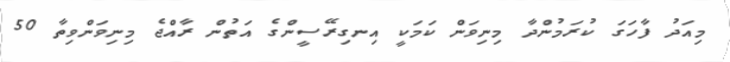
މިއަދު ފާހަގަ ކުރަމުންދާ މިނިވަން ކަމަކީ އިނގިރޭސީންގެ އަތުން ރާއްޖެ މިނިވަންވިތާ 50